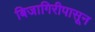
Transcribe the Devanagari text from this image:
बिजागिरीपासून